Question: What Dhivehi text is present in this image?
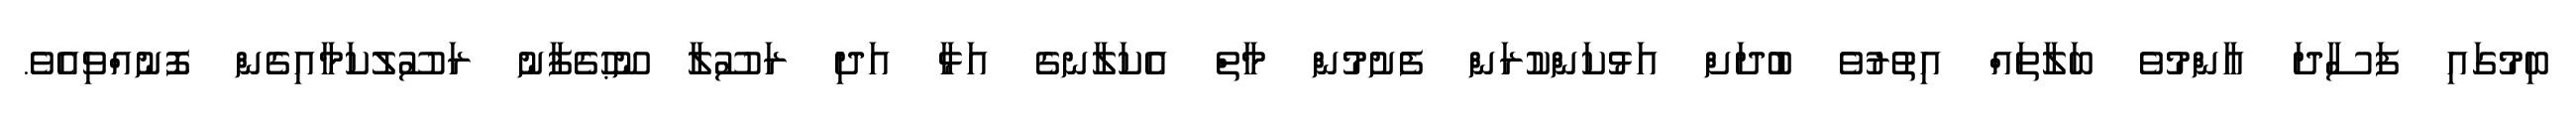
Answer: ބިމުގައި ފަސާދަ ޢާންމުވެ ބަލާތައް އިތުރުވެ ބުދަށް އަޅުކަންކުރަން ފެށުމުން މާތް އެކަލާނގެ އަޅާ އަދި ރަސޫލާ ނޫޙުގެފާނު ރަސޫލުކަމާއިގެން ފޮނުއްވިއެވެ.